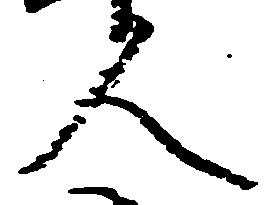
人